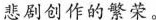
悲剧创作的繁荣。